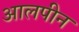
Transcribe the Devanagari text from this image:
आलपीन